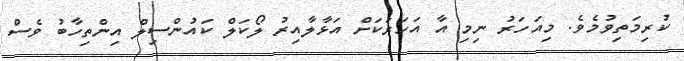
ކުރިމަތިވުމެވެ. މިއަހަރު ނިމި އާ އަހަރަކަށް އަޅާލާއިރު ލޯކަލް ކައުންސިލް އިންތިހާބު ވެސް